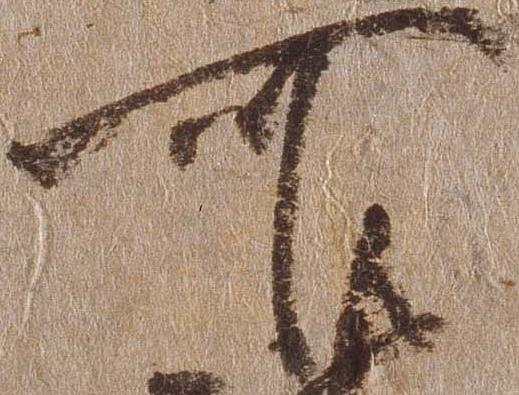
可